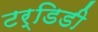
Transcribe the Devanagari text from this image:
टर्डिडी